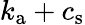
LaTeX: k_{\mathrm{a}}+c_{\mathrm{s}}